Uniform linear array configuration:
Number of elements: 12
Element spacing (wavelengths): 0.5
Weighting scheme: hamming
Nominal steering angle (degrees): -30
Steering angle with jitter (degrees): -30.702
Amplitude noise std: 0.05
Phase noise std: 0.05

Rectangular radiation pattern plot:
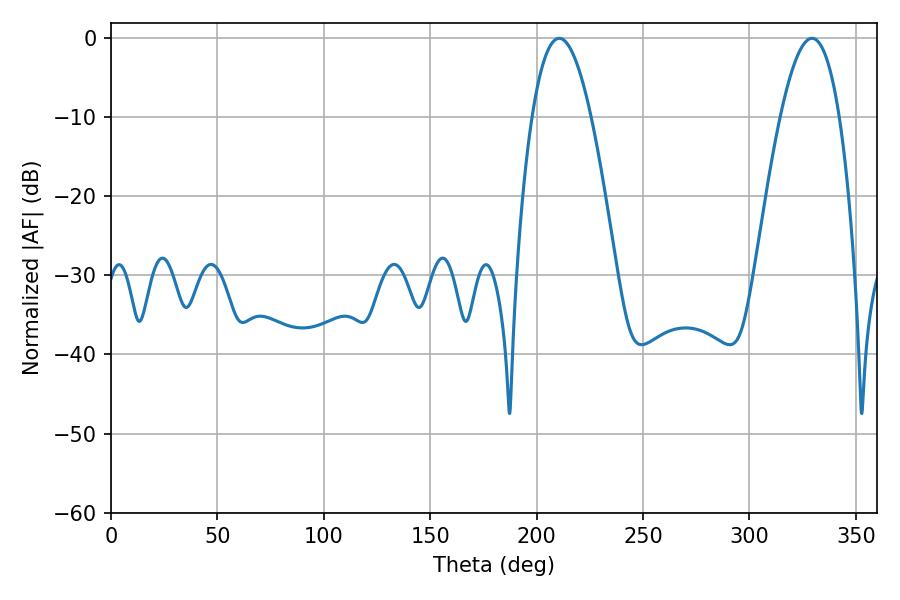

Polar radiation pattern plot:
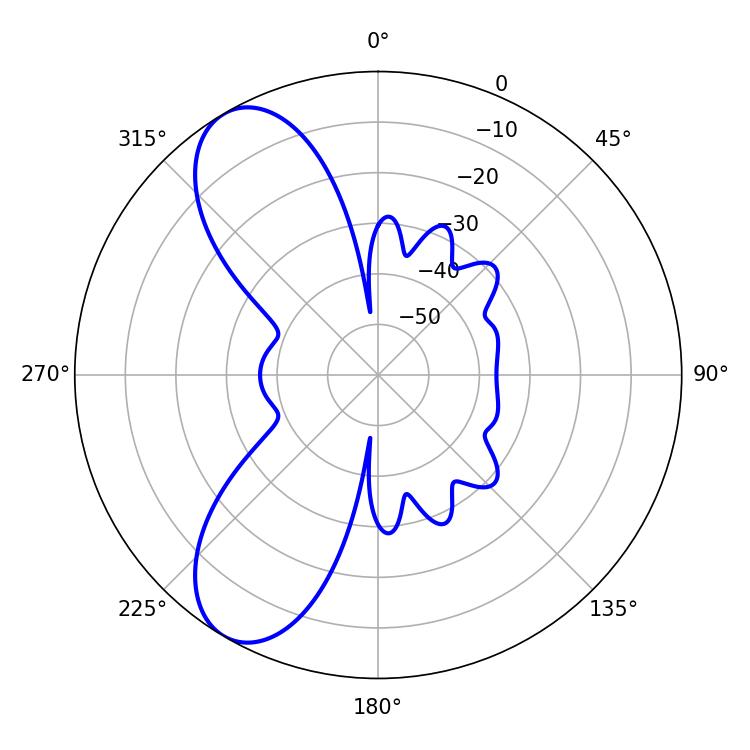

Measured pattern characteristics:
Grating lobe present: FALSE
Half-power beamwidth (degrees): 15.12
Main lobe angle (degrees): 210.6